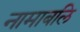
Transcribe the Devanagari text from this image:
नामाबलि